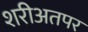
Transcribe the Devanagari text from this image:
शरीअतपर